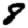
Digit: 8